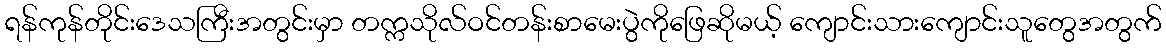
ရန်ကုန်တိုင်းဒေသကြီးအတွင်းမှာ တက္ကသိုလ်ဝင်တန်းစာမေးပွဲကိုဖြေဆိုမယ့် ကျောင်းသားကျောင်းသူတွေအတွက်